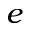
e